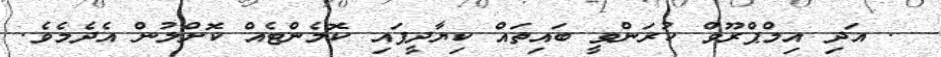
. އަދި އިމްޕްރޫވް ކުރަންވީ ބައިތައް ކިޔާދީފައި ކޮމެންޓެއް ކޮށްލުން އެދެމެވެ.